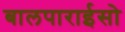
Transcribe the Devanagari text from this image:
बालपाराईसो